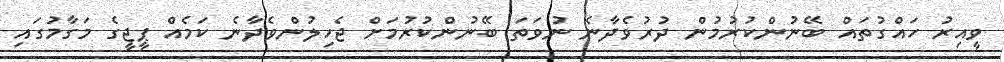
ވީއިރު ހައްގުތައް ބޭނުންކުރުމުން ދުރުވެދާނެ ނުވަތަ ބޭނުންކުރުމަށް ޖެހިލުންވެދާނެ ކަމެއް ޕީޖީގެ މަގާމުގައި